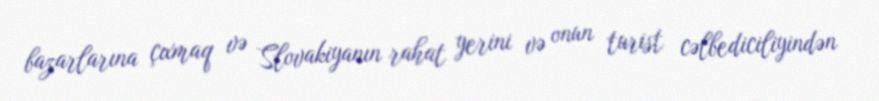
bazarlarına çıxmaq və Slovakiyanın rahat yerini və onun turist cəlbediciliyindən